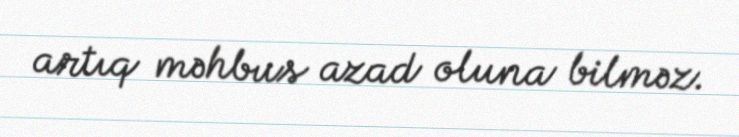
artıq məhbus azad oluna bilməz.